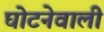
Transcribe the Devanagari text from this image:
घोटनेवाली